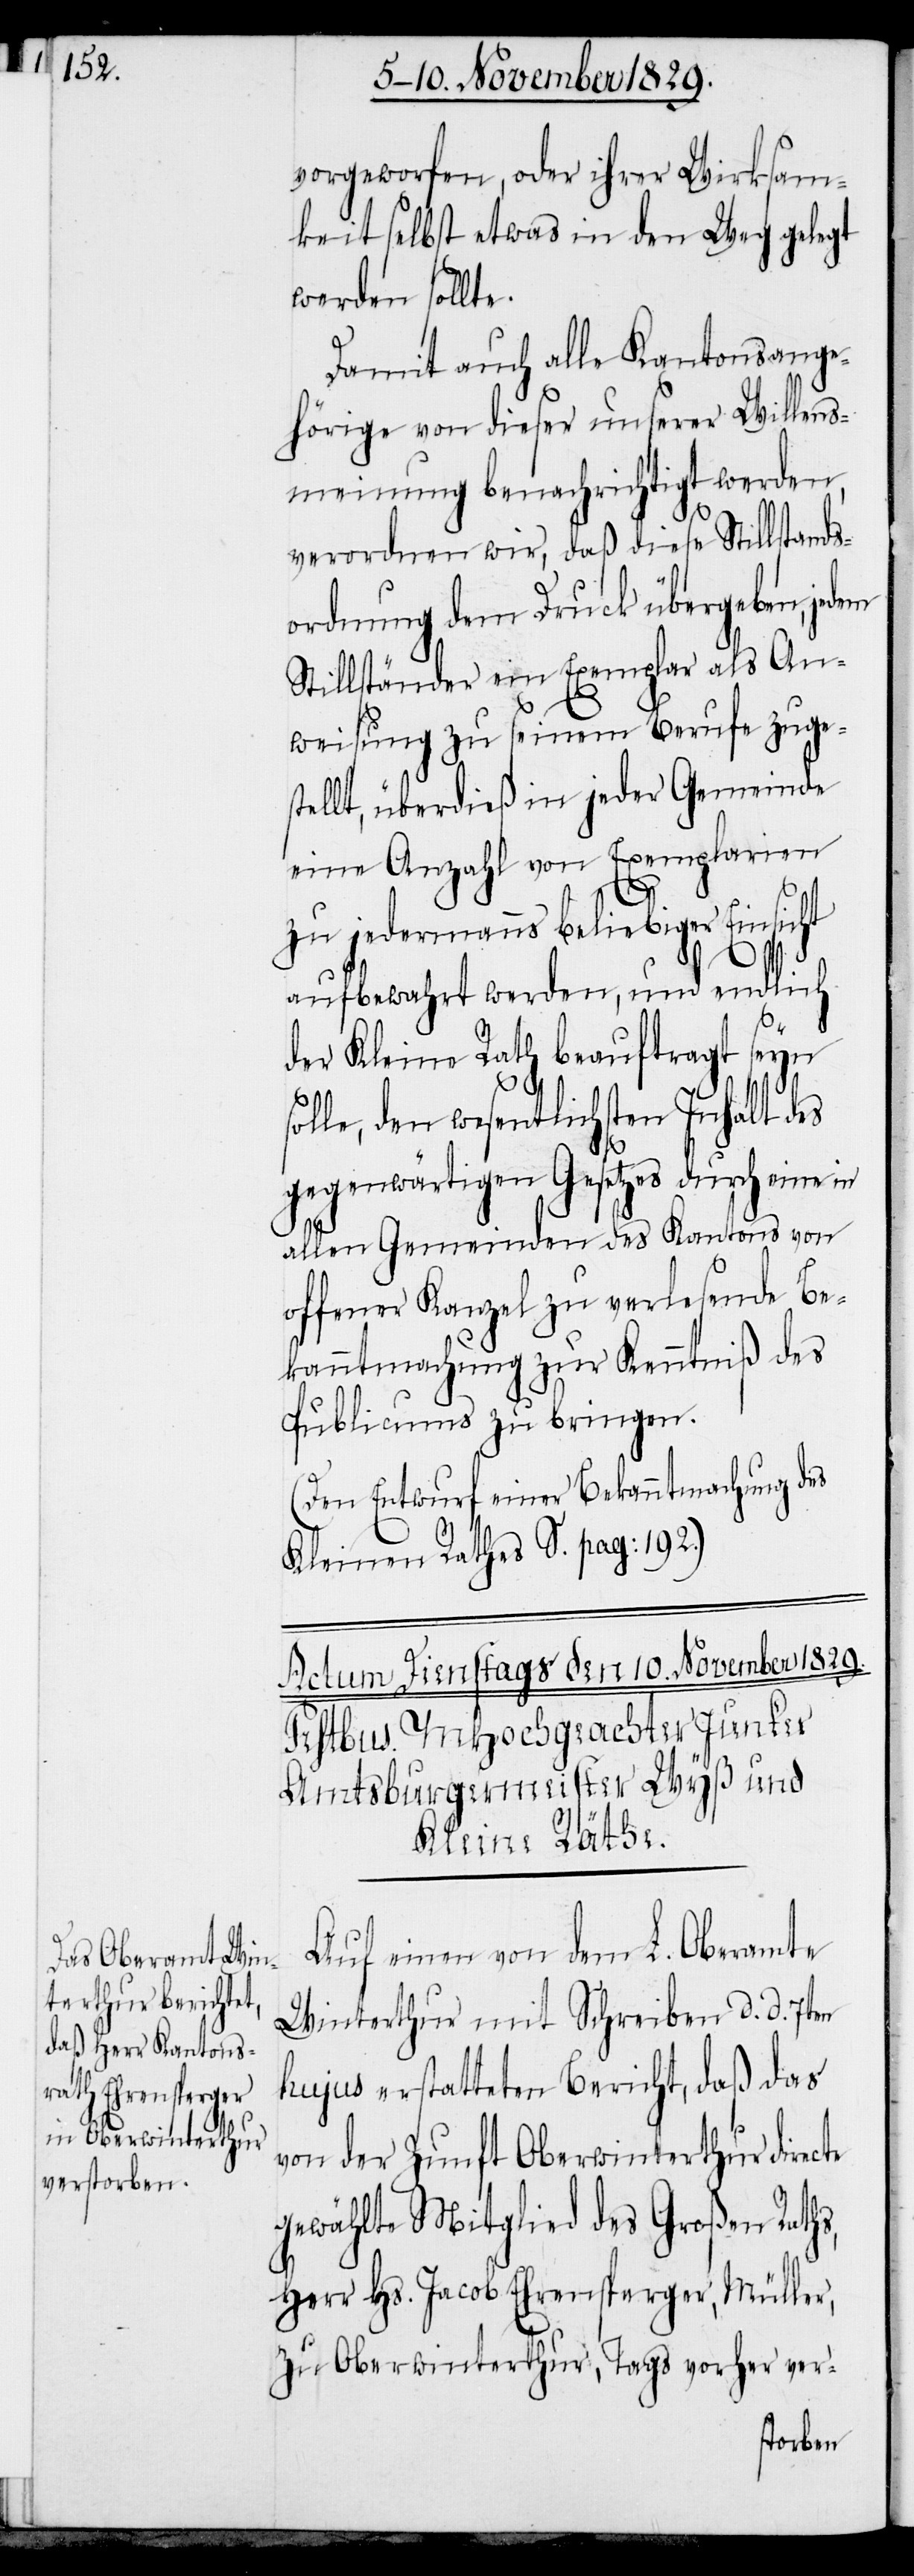
te

vorgeworfen, oder ihrer Wirksam¬
keit selbst etwas in den Weg gelegt
werden sollt¬
Damit auch alle Kantonsange¬
hörige von dieser unserer Willens¬
meinung benachrichtigt werden,
verordnen wir, daß diese Stillstands¬
ordnung dem Druck übergeben, jed¬
Stillständer ein Exemplar als An¬
weisung zu seinem Berufe zuge¬
stellt, überdieß in jeder Gemeinde
eine Anzahl von Exemplarien
em
zu jedermanns beliebiger Einsicht
aufbewahrt werden, und endlich
der Kleine Rath beauftragt seyn
solle, den wesentlichen Inhalt des
gegenwärtigen Gesetzes durch eine in
allen Gemeinden des Kantons von
offener Kanzel zu verlesende Be¬
kanntmachung zur Kenntniß des
Publicums zu bringen.
(Den Entwurf einer Bekanntmachung des
Kleinen Rathes s. pag: 192.)
Auf einen von dem L. Oberamte
Winterthur mit Schreiben d. d. 7ten
hujus erstatteten Bericht, daß das
von der Zunft Oberwinterthur direc¬
gewählte Mitglied des Großen Raths,
Herr Hs. Jacob Ehrensperger, Müller,
zu Oberwinterthur, Tags vorher ver-